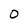
Character: 0